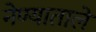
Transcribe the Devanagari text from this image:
नेण्याताले